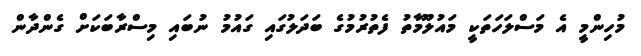
މުހިންމީ އެ މަސްލަހަތަކީ މައުލޫމާތު ފެތުރުމުގެ ބަދަލުގައި ގައުމު ނުބައި މިސްރާބަކަށް ގެންދާން